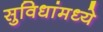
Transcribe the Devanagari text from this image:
सुविधांमध्ये